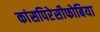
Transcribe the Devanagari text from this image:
कांसपिरेसीफोबिया